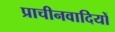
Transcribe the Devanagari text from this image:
प्राचीनवादियों